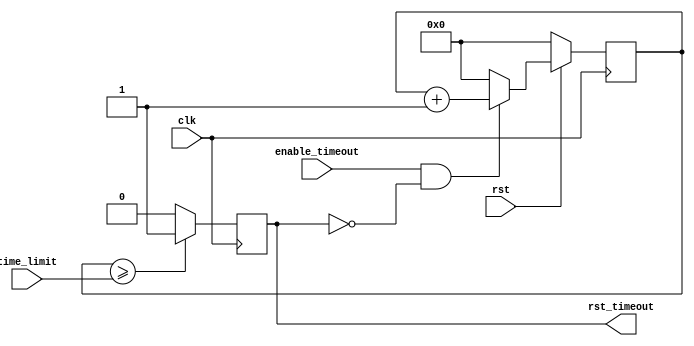
module timeout_rst_module( 
   input   wire        clk, 
   input   wire        enable_timeout, 
   input   wire [31:0] time_limit, 
   input   wire        rst, 
   output  wire        rst_timeout
);
//40MHZ clock gives 25 ns
// Internal Declarations
reg [31:0] counter;
reg rst_timeoutreg;


assign rst_timeout = rst_timeoutreg;


always@(posedge clk)
begin 
if(!rst)
  begin
   counter <= 0;
  end
else 
begin 
  if(enable_timeout & !rst_timeoutreg)
    counter <= {counter + 1};
  else 
    begin
     counter <= 0;
    end
  end
end


always@(posedge clk)
begin 
  if(counter >= time_limit)
      rst_timeoutreg <= 1'b1;
  else
      rst_timeoutreg <= 1'b0;
end 

endmodule